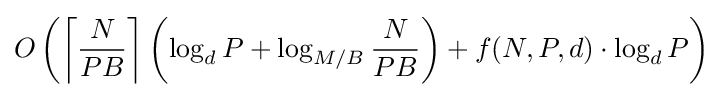
O\left(\left\lceil {\frac {N}{PB}}\right\rceil \left(\log _{d}P+\log _{M/B}{\frac {N}{PB}}\right)+f(N,P,d)\cdot \log _{d}P\right)